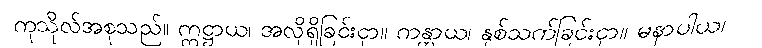
ကုသိုလ်အစုသည်။ ဣဋ္ဌာယ၊ အလိုရှိခြင်းငှာ။ ကန္တာယ၊ နှစ်သက်ခြင်းငှာ။ မနာပါယ၊